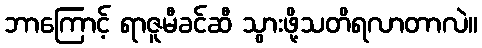
ဘာကြောင့် ရာဇူမီခင်ဆီ သွားဖို့သတိရလာတာလဲ။